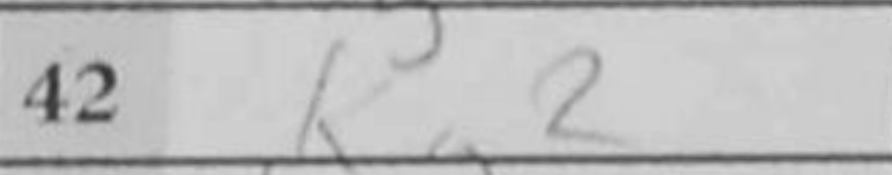
Transcription: Kg2